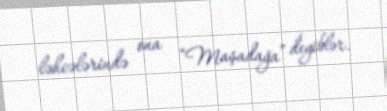
ləhcələrində ona “Maşadağa” deyiblər.